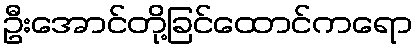
ဦးအောင်တို့ခြင်ထောင်ကရော